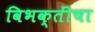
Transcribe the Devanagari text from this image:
विभक्तींचा